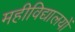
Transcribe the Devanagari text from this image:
महीविद्यालयों